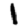
Digit: 1